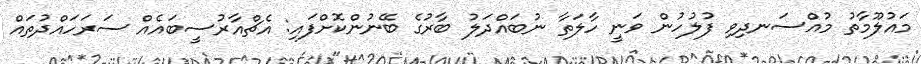
މައުލޫމާތު މުއްސަނދިވި ފުލުހުން ވަނީ ހާލަތާ ނުބައްދަލު ބާރުގެ ބޭނުންކޮށްފައި: އެޗްއާރުސީބައެއް ސަރަހައްދުތައް